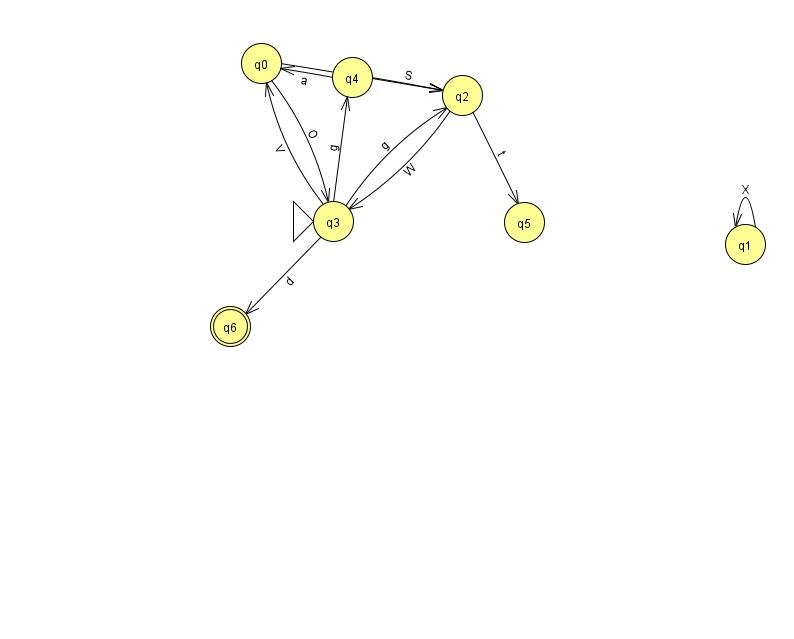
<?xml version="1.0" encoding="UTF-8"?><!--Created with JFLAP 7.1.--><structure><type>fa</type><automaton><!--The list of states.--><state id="0" name="q0"><x>261.0</x><y>50.0</y></state><state id="1" name="q1"><x>745.0</x><y>231.0</y></state><state id="2" name="q2"><x>462.0</x><y>82.0</y></state><state id="3" name="q3"><x>333.0</x><y>208.0</y><initial/></state><state id="4" name="q4"><x>352.0</x><y>64.0</y></state><state id="5" name="q5"><x>524.0</x><y>209.0</y></state><state id="6" name="q6"><x>230.0</x><y>313.0</y><final/></state><!--The list of transitions.--><transition><from>0</from><to>2</to><read>j</read></transition><transition><from>3</from><to>0</to><read>V</read></transition><transition><from>3</from><to>6</to><read>d</read></transition><transition><from>3</from><to>4</to><read>g</read></transition><transition><from>4</from><to>0</to><read>a</read></transition><transition><from>0</from><to>3</to><read>O</read></transition><transition><from>1</from><to>1</to><read>X</read></transition><transition><from>2</from><to>3</to><read>W</read></transition><transition><from>2</from><to>5</to><read>t</read></transition><transition><from>3</from><to>2</to><read>g</read></transition><transition><from>4</from><to>2</to><read>S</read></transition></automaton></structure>